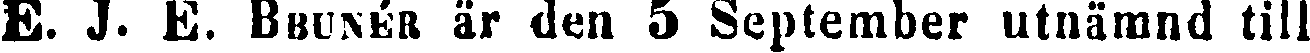
E. J. E. BRUNÉR är den 5 September utnämnd till